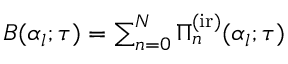
\begin{array} { r } { B ( \alpha _ { l } ; \tau ) = \sum _ { n = 0 } ^ { N } { \Pi } _ { n } ^ { \mathrm { ( i r ) } } ( \alpha _ { l } ; \tau ) } \end{array}